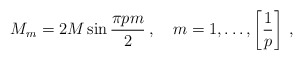
\begin{align*}M_{m}=2M\sin \frac{\pi pm}{2}\: ,\quad m=1,\ldots ,\left[ \frac{1}{p}\right] \: ,\end{align*}